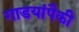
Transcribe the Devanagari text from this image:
गाडयांपैकी